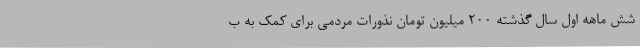
شش ماهه اول سال گذشته 200 میلیون تومان نذورات مردمی برای کمک به ب